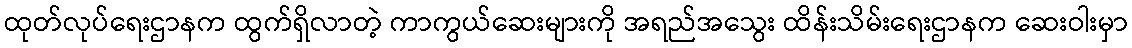
ထုတ်လုပ်ရေးဌာနက ထွက်ရှိလာတဲ့ ကာကွယ်ဆေးများကို အရည်အသွေး ထိန်းသိမ်းရေးဌာနက ဆေးဝါးမှာ